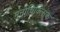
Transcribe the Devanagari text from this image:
मनोचिक्त्सिक